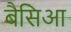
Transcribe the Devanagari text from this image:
बैसिआ